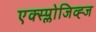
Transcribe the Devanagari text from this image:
एक्स्प्लोजिव्ह्ज